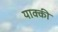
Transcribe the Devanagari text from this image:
याक्की